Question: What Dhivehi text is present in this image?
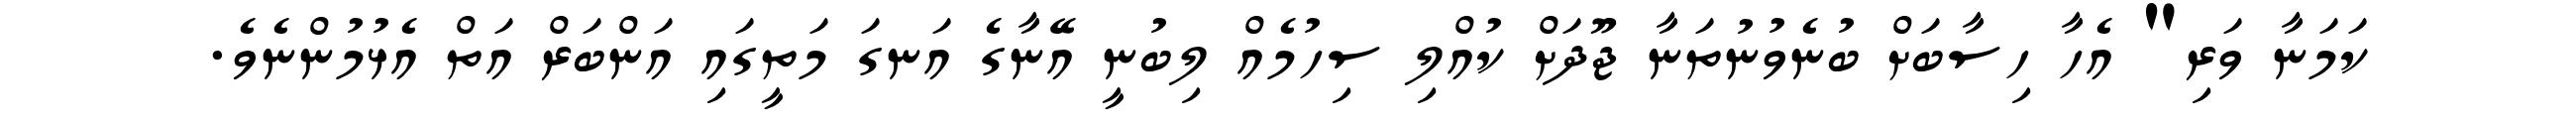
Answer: ކަމަނާ ވަރި" އެހާ ހިސާބަށް ބުނެވުނުތަނާ ޖޫދަށް ކުއްލި ސިހުމެއް ލިބުނީ އޭނާގެ އަނގަ މަތީގައި އަންބަރް އަތް އެޅުމުންނެވެ.